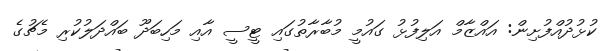
ކުޅުދުއްފުށިން: އައްޒާމް އަލިފުޅު ގައުމީ މުބާރާތުގައި ޓީސީ އާއި މަހިބަދޫ ބައްދަލުކުރި މެޗުގެ